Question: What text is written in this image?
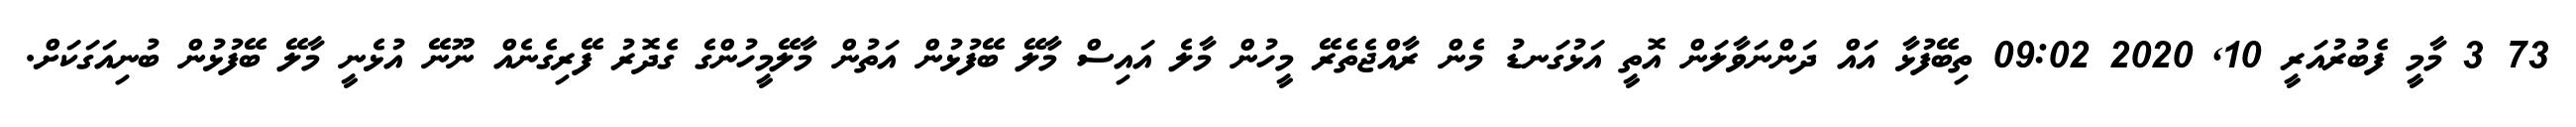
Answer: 73 3 މާމީ ފެބުރުއަރީ 10, 2020 09:02 ތިބޭފުޅާ އައް ދަންނަވާލަން އޮތީ އަޅުގަނޑު މެން ރާއްޖެތެރޭ މީހުން މާލެ އައިސް މާލޭ ބޭފުޅުން އަތުން މާލޭމީހުންގެ ގެދޮރު ފޭރިގެނެއް ނޫނޭ އުޅެނީ މާލޭ ބޭފުޅުން ބުނިއަގަކަށް.